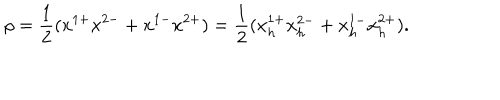
LaTeX: \rho = { \frac { 1 } { 2 } } ( x ^ { 1 + } x ^ { 2 - } + x ^ { 1 - } x ^ { 2 + } ) = { \frac { 1 } { 2 } } ( x _ { h } ^ { 1 + } x _ { h } ^ { 2 - } + x _ { h } ^ { 1 - } x _ { h } ^ { 2 + } ) .